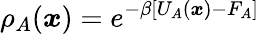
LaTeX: \rho_{A}({\boldsymbol{x}})=e^{-\beta[U_{A}({\boldsymbol{x}})-F_{A}]}